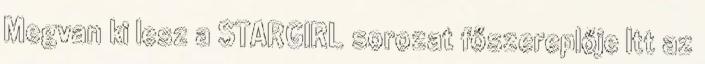
Megvan ki lesz a STARGIRL sorozat főszereplője Itt az